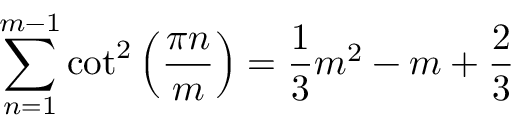
\sum _ { n = 1 } ^ { m - 1 } \cot ^ { 2 } \left( \frac { \pi n } { m } \right) = \frac { 1 } { 3 } m ^ { 2 } - m + \frac { 2 } { 3 }